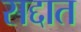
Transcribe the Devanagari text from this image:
सद्दात